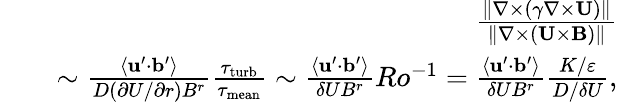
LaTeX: \begin{array}{rlr}&{}&{\frac{\| {\nabla\times(\gamma\nabla\times{\mathbf{U}})}\| }{\| {\nabla\times({\mathbf{U}}\times{\mathbf{B}})}\| }}\\ &{}&{\sim\frac{\langle{{\mathbf{u}}^{\prime}\cdot{\mathbf{b}}^{\prime}}\rangle}{D(\partial U/\partial r)B^{r}}\frac{\tau_{\mathrm{{turb}}}}{\tau_{\mathrm{mean}}}\sim\frac{\langle{{\mathbf{u}}^{\prime}\cdot{\mathbf{b}}^{\prime}}\rangle}{\delta UB^{r}}Ro^{-1}=\frac{\langle{{\mathbf{u}}^{\prime}\cdot{\mathbf{b}}^{\prime}}\rangle}{\delta UB^{r}}\frac{K/\varepsilon}{D/\delta U},}\end{array}